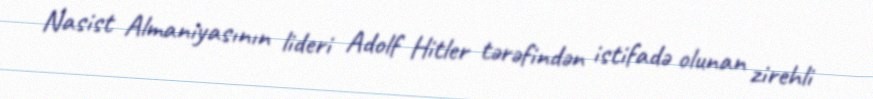
Nasist Almaniyasının lideri Adolf Hitler tərəfindən istifadə olunan zirehli